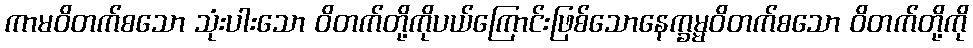
ကာမဝိတက်စသော သုံးပါးသော ဝိတက်တို့ကိုပယ်ကြောင်းဖြစ်သောနေက္ခမ္မဝိတက်စသော ဝိတက်တို့ကို